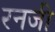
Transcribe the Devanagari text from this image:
रनजी